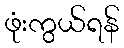
ဖုံးကွယ်ရန်